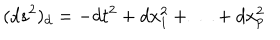
( d s ^ { 2 } ) _ { d } = - d t ^ { 2 } + d x _ { 1 } ^ { 2 } + \ldots + d x _ { p } ^ { 2 }